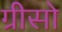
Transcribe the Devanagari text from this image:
ग्रीसो